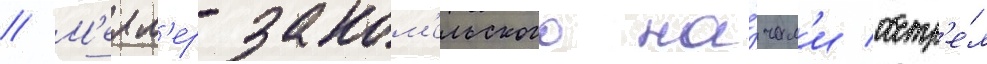
// М'елл'ер-заком'ельского на́чал'и обстр'е́л